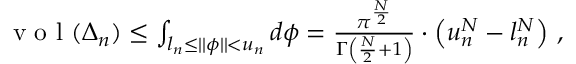
\begin{array} { r } { \textrm { v o l } ( \Delta _ { n } ) \le \int _ { l _ { n } \leq \vert \vert \phi \vert \vert < u _ { n } } d \phi = \frac { \pi ^ { \frac { N } { 2 } } } { \Gamma \left( \frac { N } { 2 } + 1 \right) } \cdot \left( u _ { n } ^ { N } - l _ { n } ^ { N } \right) \, , } \end{array}